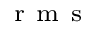
_ \mathrm { ~ r ~ m ~ s ~ }